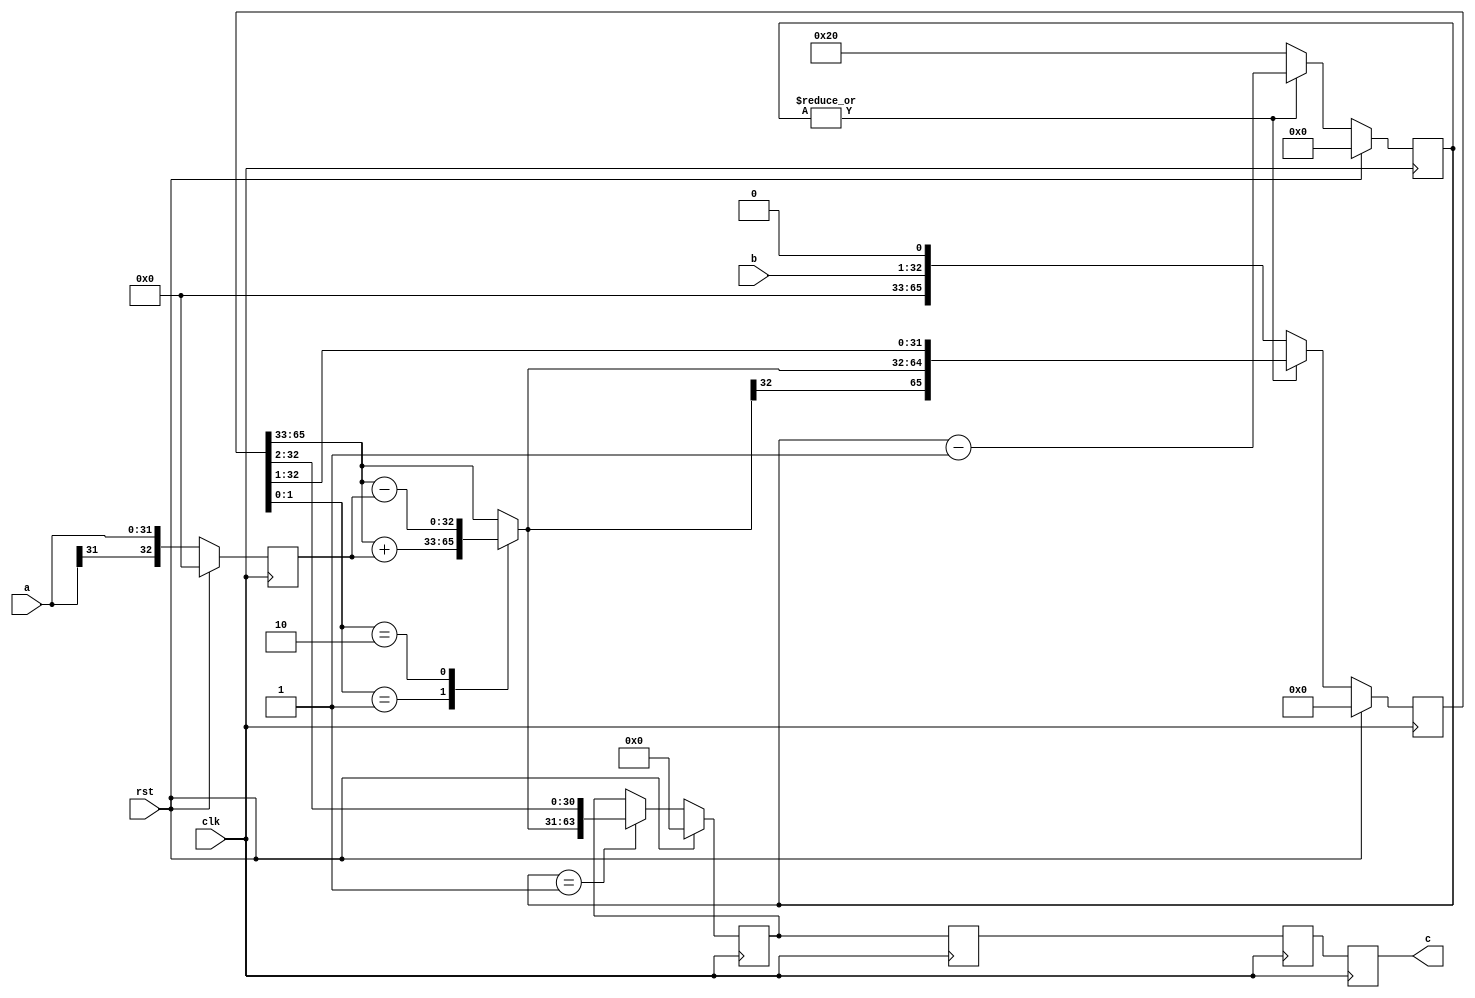
// TalTech large integer multiplier library
// Multiplier type: booth
// Parameters: 32 32 4
// Target tool: genus
module booth(clk, rst, a, b, c);
input clk;
input rst;
input [31:0] a;
input [31:0] b;
output reg [63:0] c;

reg [63:0] c_temp_3;
reg [63:0] c_temp_2;
reg [63:0] c_temp_1;


// Registers declaration 
reg  [32:0] mul_w_signguard;
reg  [5:0] count;
reg  [32:0] add_w_signguard;
reg  [65:0] mul_ab1;

// Step-1 of Booth Multiplier
always @(posedge clk) begin
	if (rst)
		count <= 6'd0;
	else if (|count)
		count <= (count - 1);
	else
		count <= 6'd32;
end

// Step-2 of Booth Multiplier
always @(posedge clk) begin
	if (rst)
		mul_w_signguard <= 32'd0;
	else
		mul_w_signguard <= {a[32 - 1], a};
end

// Step-3 of Booth Multiplier
always @(*) begin
	case (mul_ab1[1:0])
		2'b01     : add_w_signguard <= mul_ab1[65:33] + mul_w_signguard;
		2'b10     : add_w_signguard <= mul_ab1[65:33] - mul_w_signguard;
		default   : add_w_signguard <= mul_ab1[65:33];
	endcase
end

// Step-4 of Booth Multiplier
always @(posedge clk) begin
	if (rst)
		mul_ab1 <= 65'd0;
	else if (|count)
		mul_ab1 <= {add_w_signguard[32], add_w_signguard, mul_ab1[32:1]};
	else
		mul_ab1 <= {b, 1'b0};
end

// Step-5 of Booth Multiplier
always @(posedge clk) begin
	if (rst)
		c_temp_3 <= 63'd0;
	else if (count == 1)
		c_temp_3 <= {add_w_signguard[32], add_w_signguard, mul_ab1[32:2]};
end

// pipeline stages
always @(posedge clk) begin
	c <= c_temp_1;
	c_temp_2 <= c_temp_3;
	c_temp_1 <= c_temp_2;
end
endmodule